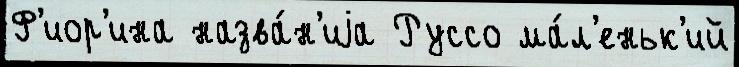
Ф'иор'ина назва́н'иjа Руссо ма́л'еньк'ий